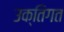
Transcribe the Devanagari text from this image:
उक्तिगत